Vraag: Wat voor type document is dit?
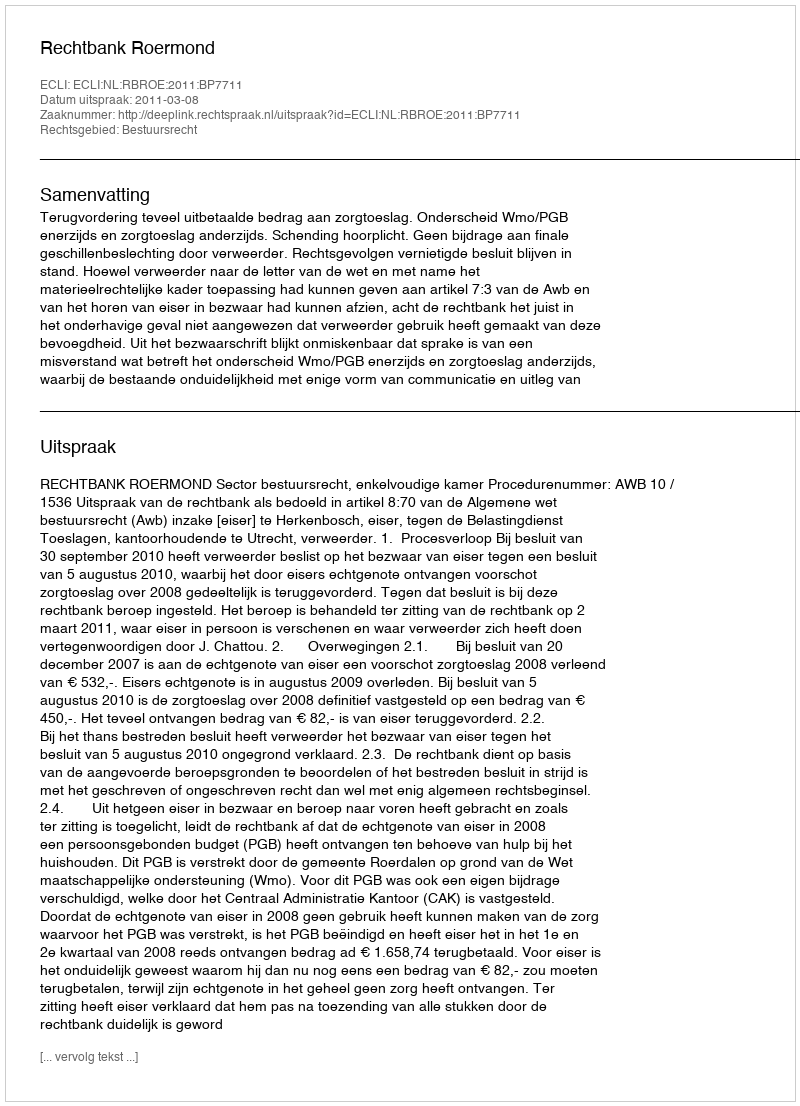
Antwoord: Uitspraak